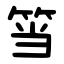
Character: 筜